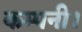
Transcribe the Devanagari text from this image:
कम्‍पनी।